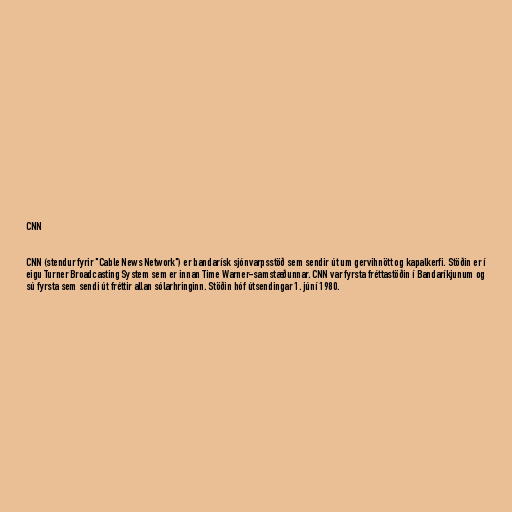
CNN

CNN (stendur fyrir "Cable News Network") er bandarísk sjónvarpsstöð sem sendir út um gervihnött og kapalkerfi. Stöðin er í
eigu Turner Broadcasting System sem er innan Time Warner-samstæðunnar. CNN var fyrsta fréttastöðin í Bandaríkjunum og
sú fyrsta sem sendi út fréttir allan sólarhringinn. Stöðin hóf útsendingar 1. júní 1980.